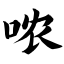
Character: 哝